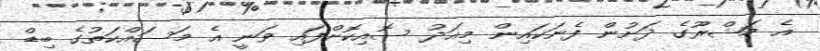
އެ މަޝްރޫގެ ދަށުން ފެނަކައިން މިއަދު ސޮއިކޮށްފައި ވަނީ އެ މަސައްކަތުގެ ބިޑް